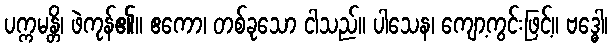
ပက္ကမန္တိ၊ ဖဲကုန်၏။ ဧကော၊ တစ်ခုသော ငါသည်။ ပါသေန၊ ကျော့ကွင်းဖြင့်။ ဗဒ္ဓေါ၊